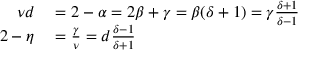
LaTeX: \begin{array} { r l } { \nu d } & { { } = 2 - \alpha = 2 \beta + \gamma = \beta ( \delta + 1 ) = \gamma { \frac { \delta + 1 } { \delta - 1 } } } \\ { 2 - \eta } & { { } = { \frac { \gamma } { \nu } } = d { \frac { \delta - 1 } { \delta + 1 } } } \end{array}